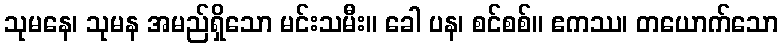
သုမနေ၊ သုမန အမည်ရှိသော မင်းသမီး။ ခေါ ပန၊ စင်စစ်။ ဧကဿ၊ တယောက်သော